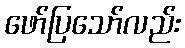
ဖော်ပြသော်လည်း